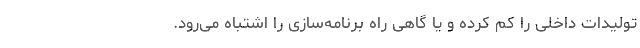
تولیدات داخلی را کَم کرده و یا گاهی راه برنامه‌سازی را اشتباه می‌رود.